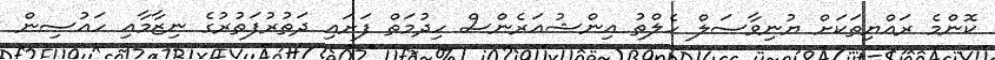
ކޮންމެ ރައްޔިތަކަށް ޔުނިވާސަލް ހެލްތު އިންޝުއަރެންސް ހިދުމަތް ފަށައި ދަތުރުފަތުރުގެ ނިޒާމާއި ހައުސިން